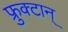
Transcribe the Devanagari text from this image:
फ्रुक्टान्